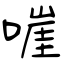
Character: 嘊